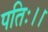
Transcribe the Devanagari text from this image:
पतिः।।